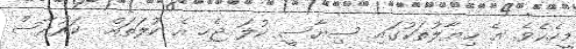
މީހެކެވެ. އެ ޚިޔާލުތަކުގައި ސިޔާސީ ކުލަ ޖެހި އެ ކުލަތައް  ކަރުދާސް